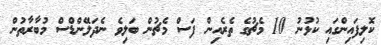
ކޮލިފައިންގައި ކުޅުނު 10 މެޗުގެ ތެރެއިން ފަސް މެޗުން ބަލިވެ ނެދަލޭންޑްސް މުބާރާތުން